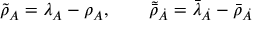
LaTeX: \tilde { { \rho } } _ { A } = \lambda _ { A } - \rho _ { A } , \qquad \tilde { \bar { \rho } } _ { \dot { A } } = \bar { \lambda } _ { \dot { A } } - \bar { \rho } _ { \dot { A } }